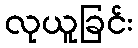
လုယူခြင်း